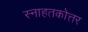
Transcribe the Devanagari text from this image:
स्नाहतकोत्तर